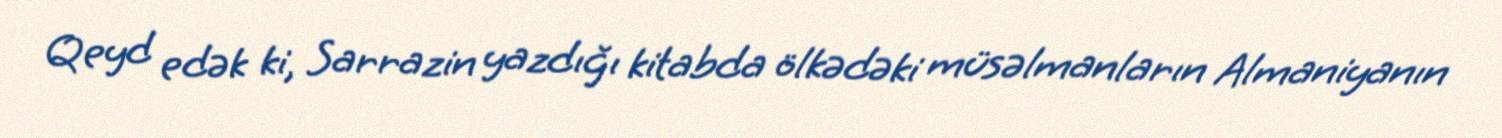
Qeyd edək ki, Sarrazin yazdığı kitabda ölkədəki müsəlmanların Almaniyanın